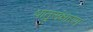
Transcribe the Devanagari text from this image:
धातुसंक्षारण